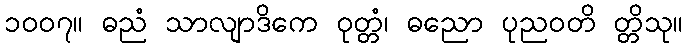
၁၀၀၇။ ဓညံ သာလျာဒိကေ ဝုတ္တံ၊ ဓညော ပုညဝတိ တ္တိသု။